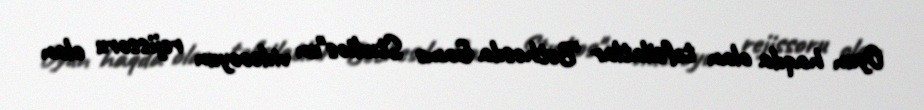
Oyun haqda olan təfsilatlar "Bethesda Game Studios"un videooyun rejissoru olan